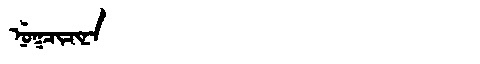
Manchu: ᠨᡠᡴᠴᡳᠴᡳᠨᠠ
Romanization: NUKCICINA